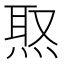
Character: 焣